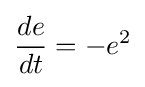
{\frac {de}{dt}}=-e^{2}